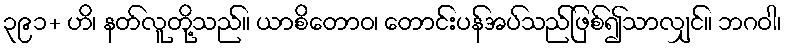
၃၉၁+ ဟိ၊ နတ်လူတို့သည်။ ယာစိတောဝ၊ တောင်းပန်အပ်သည်ဖြစ်၍သာလျှင်။ ဘဂဝါ၊